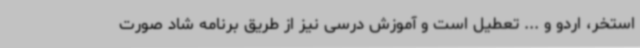
استخر، اردو و ... تعطیل است و آموزش درسی نیز از طریق برنامه شاد صورت